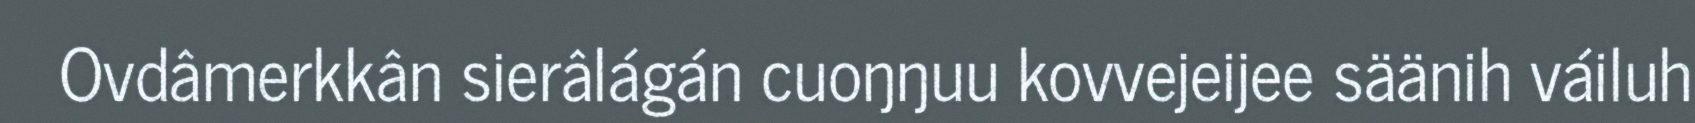
Ovdâmerkkân sierâlágán cuoŋŋuu kovvejeijee säänih váiluh